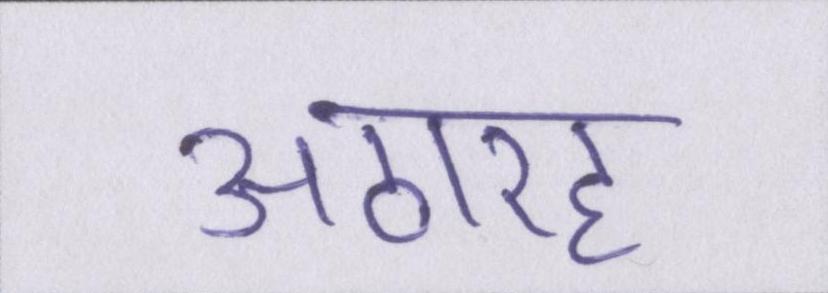
अठारह